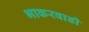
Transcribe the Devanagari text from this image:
भाकरवाडी